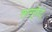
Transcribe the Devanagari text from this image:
लागूलेट्